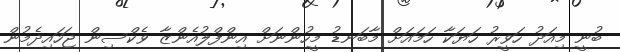
ބުނީ މިއަދު ހަވީރު ހަޔަކާ ހަމައަށް މާބަނޑު މީހުންނަށް އިންފްލުއެންޒާ ވެކްސިން ޖަހައިދެމުން